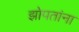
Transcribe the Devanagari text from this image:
झोपतांना